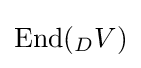
\mathrm {End} (_{D}V)